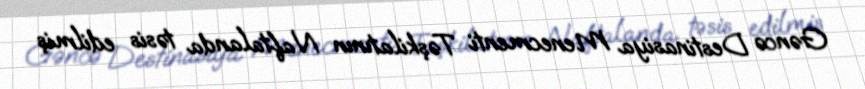
Gəncə Destinasiya Menecmenti Təşkilatının Naftalanda təsis edilmiş